Indian journal of veterinary science and animal husbandry - Volume 10,
Year: 1940
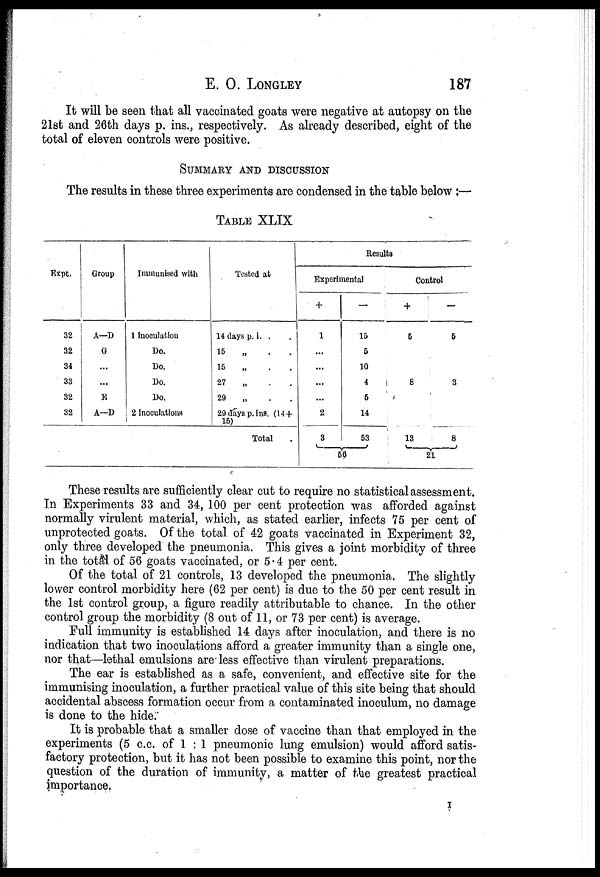
E.
O.
LONGLEY
187
It will be seen that all vaccinated goats were negative at autopsy on the
21st and 26th days p. ins., respectively. As already described, eight of the
total of eleven controls were positive.
SUMMARY AND DISCUSSION
The results in these three experiments are condensed in the table below :—
TABLE XLIX
Expt.
32
32
34
33
32
32
Group
A—D
G
...
...
E
A—D
Immunised with
1 inoculation
Do.
Do.
Do.
Do.
2 inoculations
Tested at
14 days p. i. .
15
„
.
15
„
.
27
„
.
29
„
.
29 days p. ins. (14+
15)
Total.
Results
Experimental
+
1
...
...
...
...
2
3
—
15
5
10
4
5
14
53
56
Control
+
5
8
13
—
5
3
8
21
These results are sufficiently clear cut to require no statistical assessment.
In Experiments 33 and 34, 100 per cent protection was afforded against
normally virulent material, which, as stated earlier, infects 75 per cent of
unprotected goats. Of the total of 42 goats vaccinated in Experiment 32,
only three developed the pneumonia. This gives a joint morbidity of three
in the total of 56 goats vaccinated, or 5.4 per cent.
Of the total of 21 controls, 13 developed the pneumonia. The slightly
lower control morbidity here (62 per cent) is due to the 50 per cent result in
the 1st control group, a figure readily attributable to chance. In the other
control group the morbidity (8 out of 11, or 73 per cent) is average.
Full immunity is established 14 days after inoculation, and there is no
indication that two inoculations afford a greater immunity than a single one,
nor that—lethal emulsions are less effective than virulent preparations.
The ear is established as a safe, convenient, and effective site for the
immunising inoculation, a further practical value of this site being that should
accidental abscess formation occur from a contaminated inoculum, no damage
is done to the hide.
It is probable that a smaller dose of vaccine than that employed in the
experiments (5 c.c. of 1 : 1 pneumonic lung emulsion) would afford satis-
factory protection, but it has not been possible to examine this point, nor the
question of the duration of immunity, a matter of the greatest practical
importance.
I